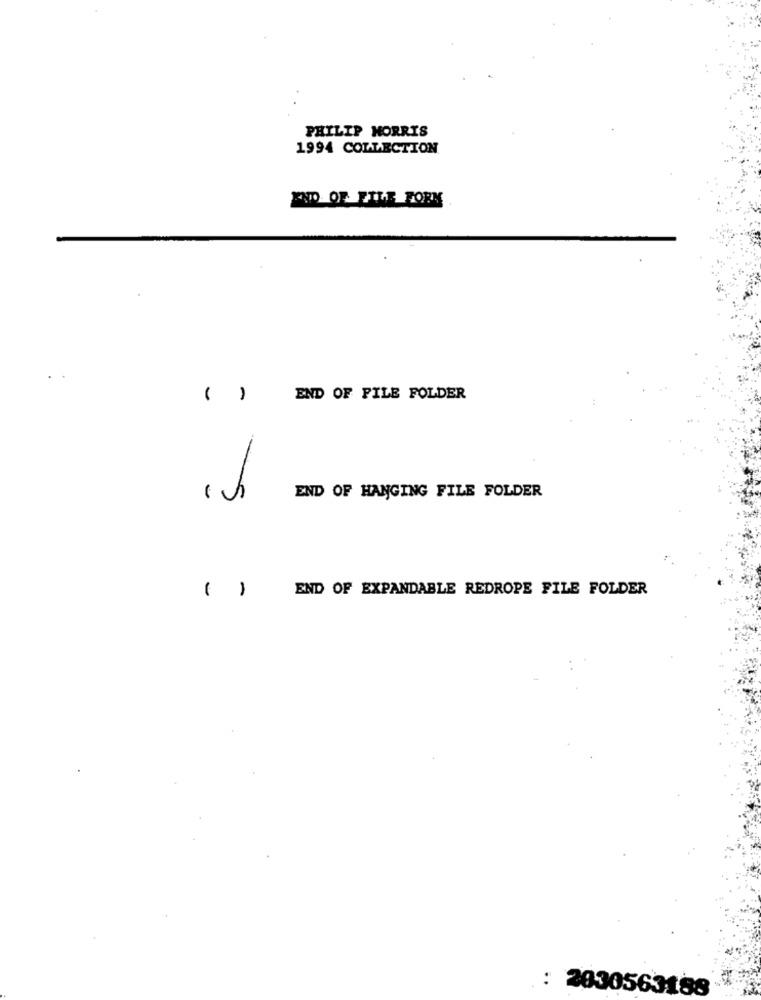
PHILIP MORRIS
1994 COLLECTION
END OF FILE FORM
( )
END OF FILE FOLDER
END OF HANGING FILE FOLDER
( ) END OF EXPANDABLE REDROPE FILE FOLDER
: 2030563188